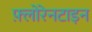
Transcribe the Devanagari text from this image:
फ़्लोरेनटाइन